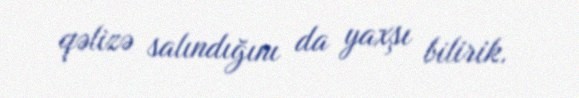
qəlizə salındığını da yaxşı bilirik.